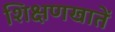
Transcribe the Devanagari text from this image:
शिक्षणखातें